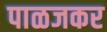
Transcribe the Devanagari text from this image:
पाळजकर